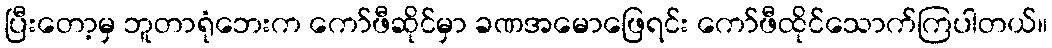
ပြီးတော့မှ ဘူတာရုံဘေးက ကော်ဖီဆိုင်မှာ ခဏအမောဖြေရင်း ကော်ဖီထိုင်သောက်ကြပါတယ်။